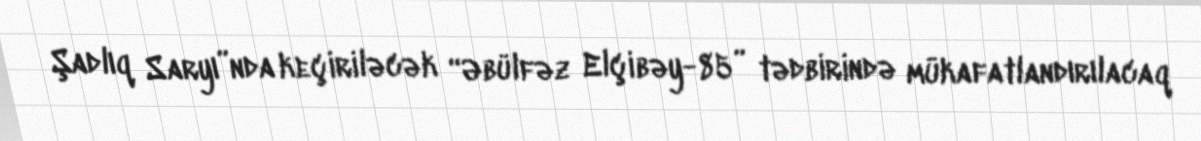
Şadlıq Saryı”nda keçiriləcək “Əbülfəz Elçibəy-85” tədbirində mükafatlandırılacaq